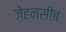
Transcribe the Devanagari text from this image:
ज़ेहनसीब